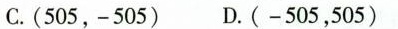
C.(505，-505) D.(-505，505)